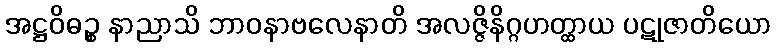
အဋ္ဌဝိဓဉ္စ နာညာသိ ဘာဝနာဗလေနာတိ အလဇ္ဇိနိဂ္ဂဟတ္ထာယ ပဋုဇာတိယော